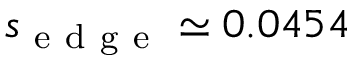
s _ { \mathrm { ~ e ~ d ~ g ~ e ~ } } \simeq 0 . 0 4 5 4